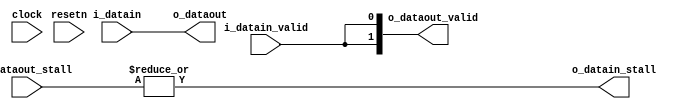
module fanout_splitter_stall_free(clock, resetn, i_datain, i_datain_valid, o_datain_stall, o_dataout, i_dataout_stall, o_dataout_valid);

parameter DATA_WIDTH = 32;
parameter NUM_FANOUTS = 2;
parameter INSERT_AND = 0;
parameter INSERT_REGISTER = 0;

 input clock, resetn;
 input [DATA_WIDTH-1:0] i_datain;
 input i_datain_valid;
 output reg o_datain_stall;
 output reg [DATA_WIDTH-1:0] o_dataout;
 input [NUM_FANOUTS-1:0] i_dataout_stall;
 output reg [NUM_FANOUTS-1:0] o_dataout_valid;

generate
if (INSERT_REGISTER)
begin
  always @ (negedge resetn or posedge clock)
  begin
    if (~resetn)
    begin
      o_datain_stall <= 1'b0;
      o_dataout_valid <= {NUM_FANOUTS{1'b0}};
      o_dataout <= 'x;
    end
    else
    begin
      o_datain_stall <= |i_dataout_stall;
      o_dataout_valid <= (INSERT_AND==1) ? {NUM_FANOUTS{i_datain_valid & ~o_datain_stall}} : {NUM_FANOUTS{i_datain_valid}};
      o_dataout <= i_datain;
    end
  end
end
else
begin //non-registered version
  always @ (*)
  begin
    o_datain_stall <= |i_dataout_stall;
    o_dataout_valid <= (INSERT_AND==1) ? {NUM_FANOUTS{i_datain_valid & ~o_datain_stall}} : {NUM_FANOUTS{i_datain_valid}};
    o_dataout <= i_datain;
  end
end
endgenerate

endmodule